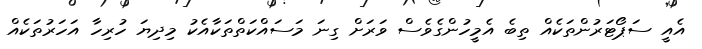
އެއީ ސަޕޯޓަރުންތަކެއް ތިބެ އެމީހުންގެވެސް ވަރަށް ގިނަ މަސައްކަތްތަކާއެކު މިދިޔަ ހުރިހާ އަހަރުތަކެއް